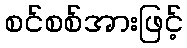
စင်စစ်အားဖြင့်